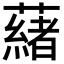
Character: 𬟋